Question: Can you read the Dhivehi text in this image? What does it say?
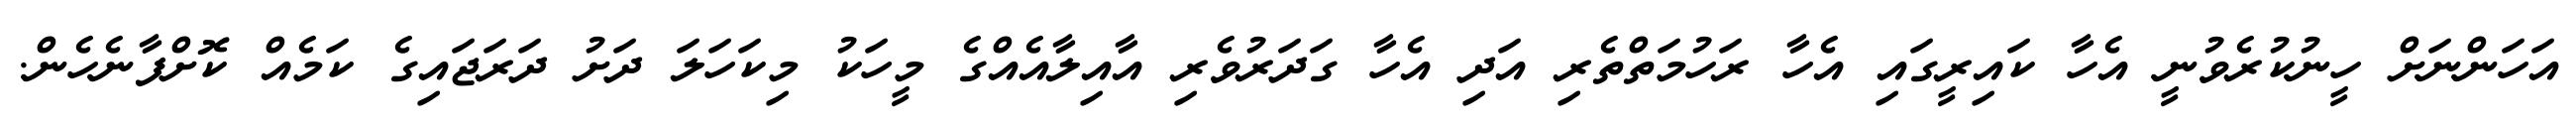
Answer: އަހަންނަށް ހީނުކުރެވުނީ އެހާ ކައިރީގައި އެހާ ރަހުމަތްތެރި އަދި އެހާ ގަދަރުވެރި އާއިލާއެއްގެ މީހަކު މިކަހަލަ ދަށު ދަރަޖައިގެ ކަމެއް ކޮށްފާނެހެން.